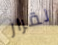
لقرار